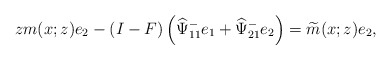
\begin{align*}zm(x;z)e_2-(I-F)\left(\widehat{\Psi}^-_{11} e_1+\widehat{\Psi}^-_{21} e_2\right)=\widetilde{m}(x;z) e_2,\end{align*}